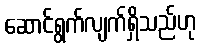
ဆောင်ရွက်လျက်ရှိသည်ဟု